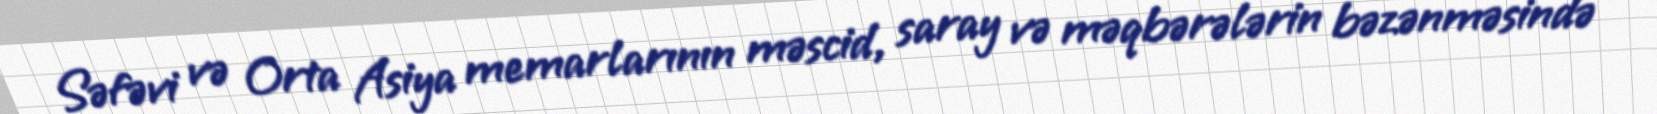
Səfəvi və Orta Asiya memarlarının məscid, saray və məqbərələrin bəzənməsində